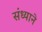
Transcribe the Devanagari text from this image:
संध्याने